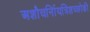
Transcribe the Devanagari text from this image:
अशौचर्निायत्रिशच्छोकी